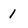
Character: 1